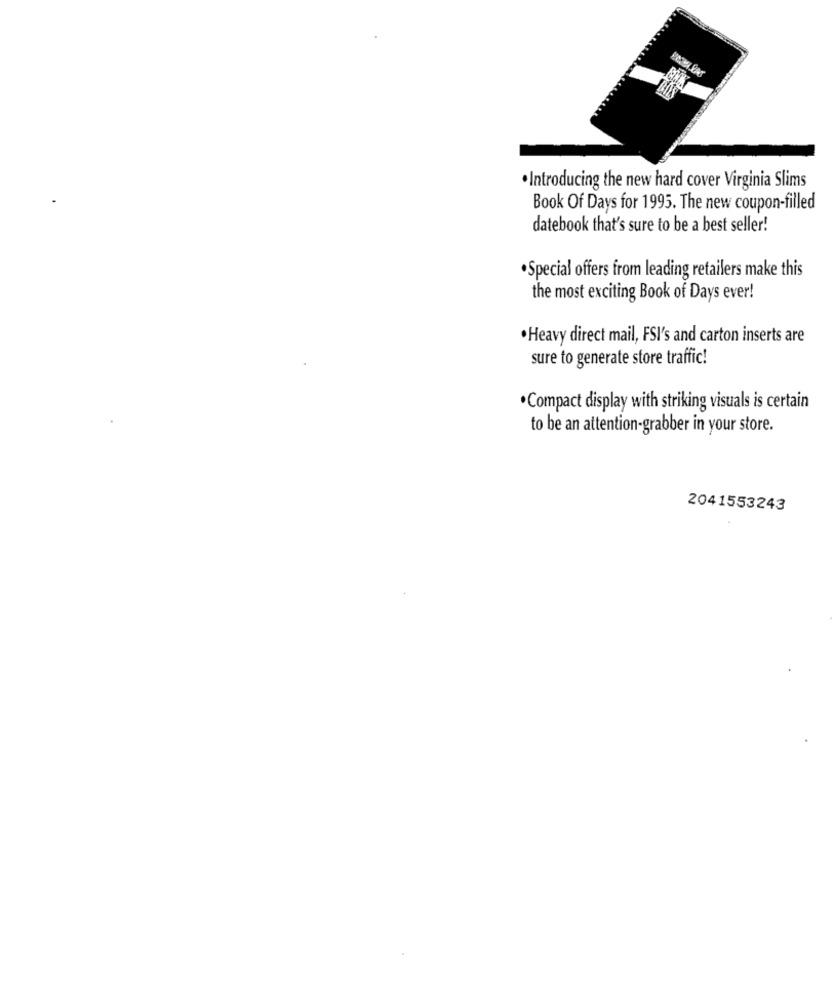
.Introducing the new hard cover Virginia Slims
Book Of Days for 1995. The new coupon-filled
datebook that's sure to be a best seller!
.Special offers from leading retailers make this
the most exciting Book of Days ever!
· Heavy direct mail, FSI's and carton inserts are
sure to generate store traffic!
·Compact display with striking visuals is certain
to be an attention-grabber in your store.
2041553243